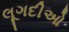
લૂગદીઓ